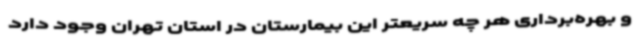
و بهره‌برداری هر چه سریعتر این بیمارستان در استان تهران وجود دارد